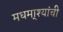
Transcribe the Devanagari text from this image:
मधमा्श्यांची